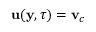
{ \mathbf u } ( { \mathbf y } , \tau ) = { \mathbf v } _ { c }